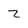
Character: Z